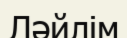
Ләйлім